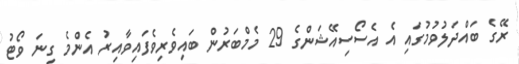
ރޭގެ ބައްދަލުވުމުގައި އެ އެސޯސިއޭޝަންގެ 29 މެމްބަރުން ބައިވެރިވެފައިވާއިރު އެންމެ ގިނަ ވޯޓު